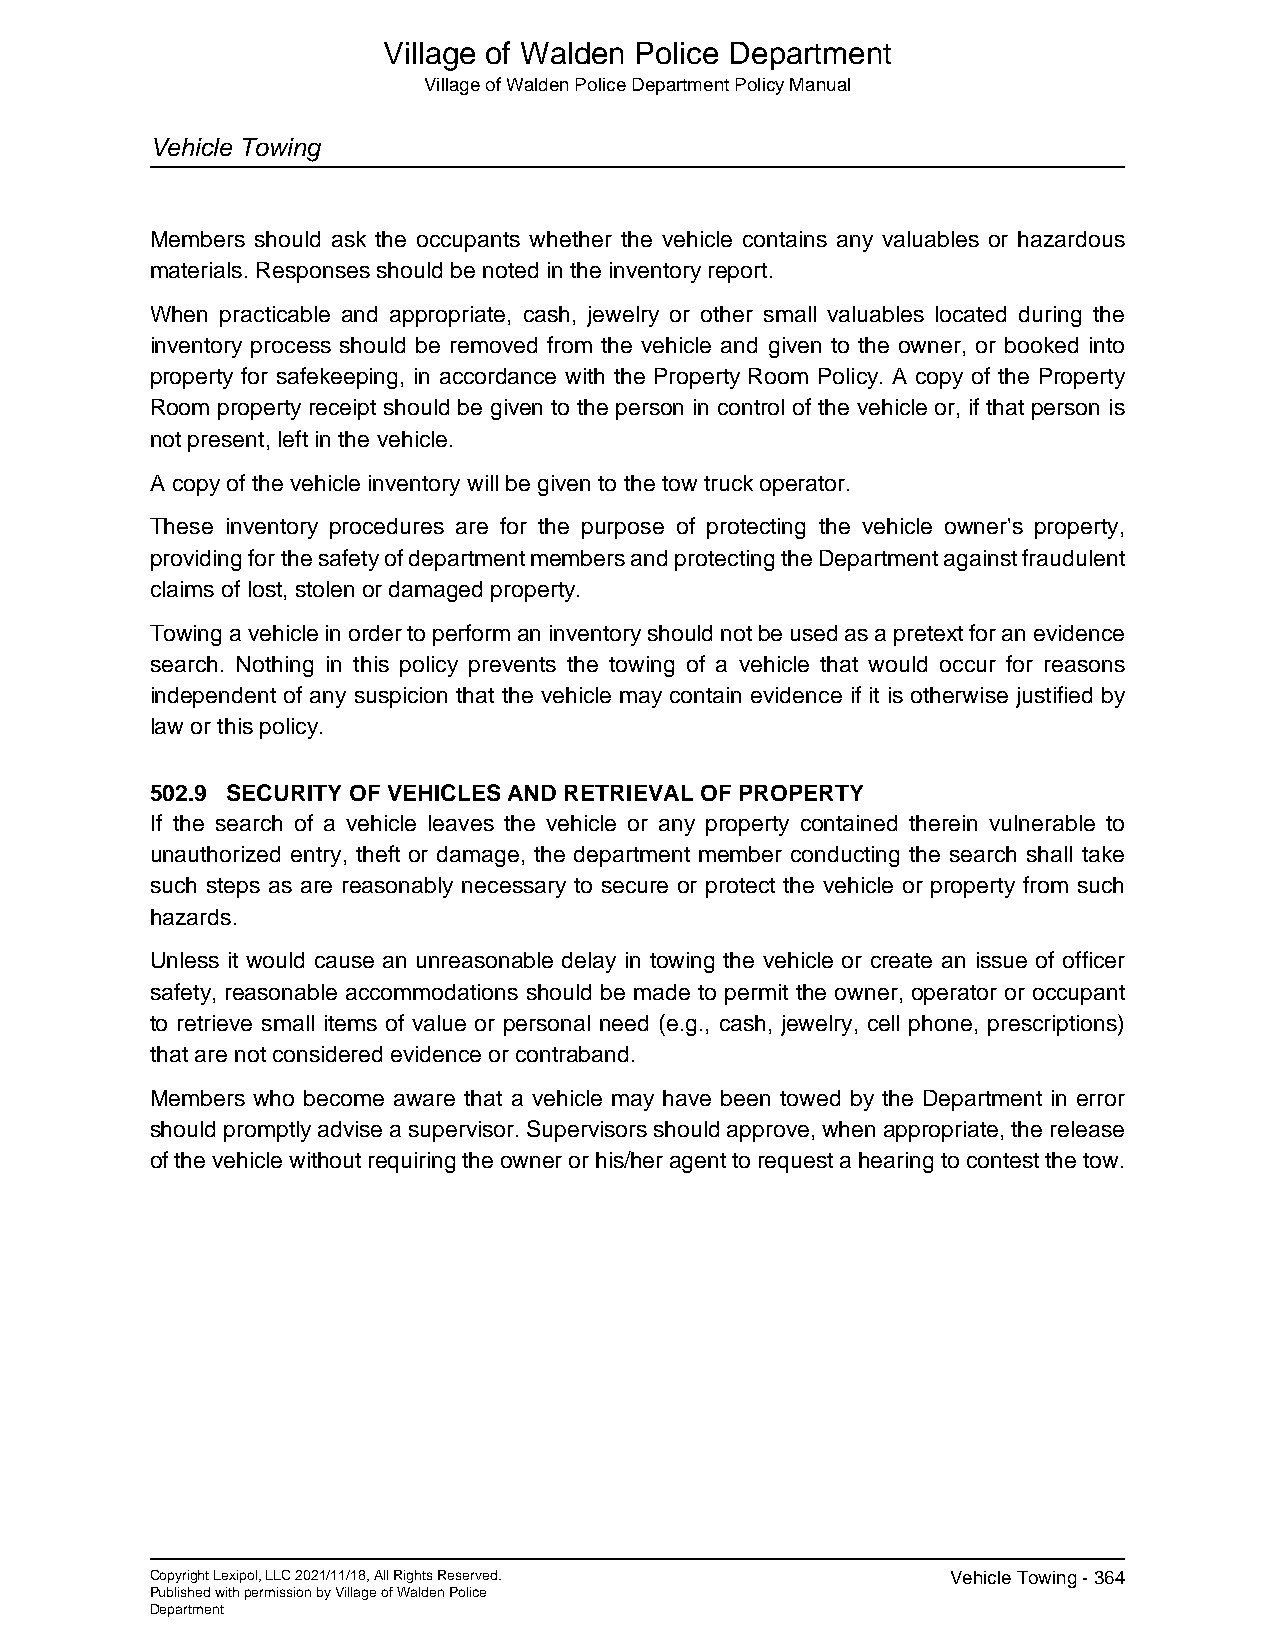
Village of Walden Police Department
 Village of Walden Police Department Policy Manual
 Vehicle Towing
 Members should ask the occupants whether the vehicle contains any valuables or hazardous
 materials. Responses should be noted in the inventory report.
 When practicable and appropriate, cash, jewelry or other small valuables located during the
 inventory process should be removed from the vehicle and given to the owner, or booked into
 property for safekeeping, in accordance with the Property Room Policy. A copy of the Property
 Room property receipt should be given to the person in control of the vehicle or, if that person is
 not present, left in the vehicle.
 A copy of the vehicle inventory will be given to the tow truck operator.
 These inventory procedures are for the purpose of protecting the vehicle owner's property,
 providing for the safety of department members and protecting the Department against fraudulent
 claims of lost, stolen or damaged property.
 Towing a vehicle in order to perform an inventory should not be used as a pretext for an evidence
 search. Nothing in this policy prevents the towing of a vehicle that would occur for reasons
 independent of any suspicion that the vehicle may contain evidence if it is otherwise justified by
 law or this policy.
 502.9 SECURITY OF VEHICLES AND RETRIEVAL OF PROPERTY
 If the search of a vehicle leaves the vehicle or any property contained therein vulnerable to
 unauthorized entry, theft or damage, the department member conducting the search shall take
 such steps as are reasonably necessary to secure or protect the vehicle or property from such
 hazards.
 Unless it would cause an unreasonable delay in towing the vehicle or create an issue of officer
 safety, reasonable accommodations should be made to permit the owner, operator or occupant
 to retrieve small items of value or personal need (e.g., cash, jewelry, cell phone, prescriptions)
 that are not considered evidence or contraband.
 Members who become aware that a vehicle may have been towed by the Department in error
 should promptly advise a supervisor. Supervisors should approve, when appropriate, the release
 of the vehicle without requiring the owner or his/her agent to request a hearing to contest the tow.
 Copyright Lexipol, LLC 2021/11/18, All Rights Reserved. Vehicle Towing - 364
 Published with permission by Village of Walden Police
 Department